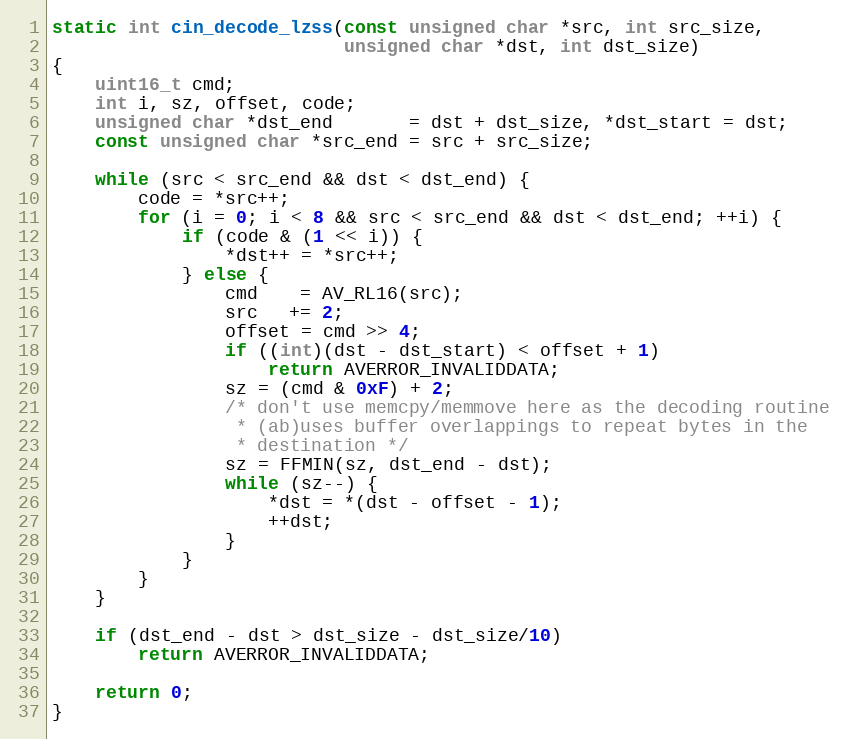
Language: C
static int cin_decode_lzss(const unsigned char *src, int src_size,
                           unsigned char *dst, int dst_size)
{
    uint16_t cmd;
    int i, sz, offset, code;
    unsigned char *dst_end       = dst + dst_size, *dst_start = dst;
    const unsigned char *src_end = src + src_size;

    while (src < src_end && dst < dst_end) {
        code = *src++;
        for (i = 0; i < 8 && src < src_end && dst < dst_end; ++i) {
            if (code & (1 << i)) {
                *dst++ = *src++;
            } else {
                cmd    = AV_RL16(src);
                src   += 2;
                offset = cmd >> 4;
                if ((int)(dst - dst_start) < offset + 1)
                    return AVERROR_INVALIDDATA;
                sz = (cmd & 0xF) + 2;
                /* don't use memcpy/memmove here as the decoding routine
                 * (ab)uses buffer overlappings to repeat bytes in the
                 * destination */
                sz = FFMIN(sz, dst_end - dst);
                while (sz--) {
                    *dst = *(dst - offset - 1);
                    ++dst;
                }
            }
        }
    }

    if (dst_end - dst > dst_size - dst_size/10)
        return AVERROR_INVALIDDATA;

    return 0;
}